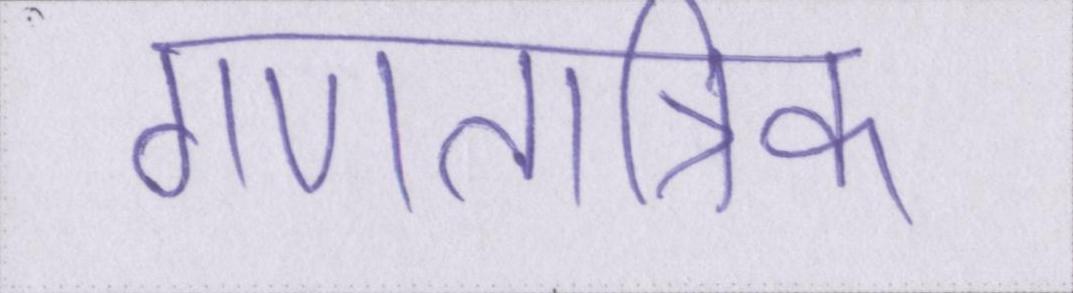
गणतांत्रिक